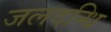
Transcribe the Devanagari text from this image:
जलदन्धि